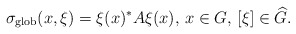
\begin{align*} \sigma_{\textnormal{glob}}(x,\xi)=\xi(x)^*A\xi(x),\,x\in G,\,[\xi]\in \widehat{G}.\end{align*}